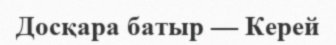
Досқара батыр — Керей